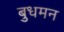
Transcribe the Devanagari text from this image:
बुधमन